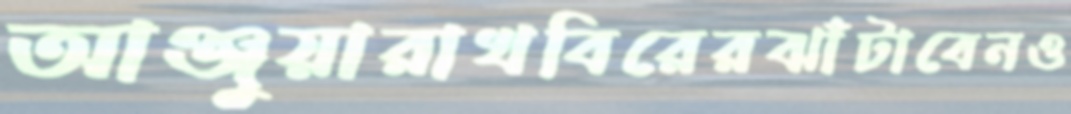
আঞ্জুয়ারাখবিরেরঝাঁটাবেনও